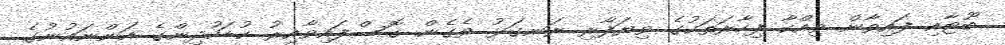
ބޫޓާއި ފައިވާން ވިއްކާ ފިހާރަތަކުގެ ވިޔަފާރި ރަނގަޅު ވެގެން ގޮސްފައިވާއިރު ކުޑަކުދިންގެ އަންނައުނުގެ